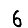
Digit: 6